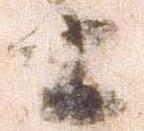
士